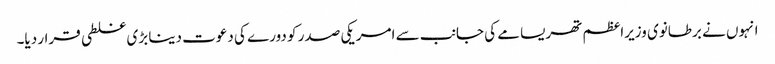
انہوں نے برطانوی وزیراعظم تھریسامے کی جانب سے امریکی صدر کو دورے کی دعوت دینا بڑی غلطی قرار دیا۔